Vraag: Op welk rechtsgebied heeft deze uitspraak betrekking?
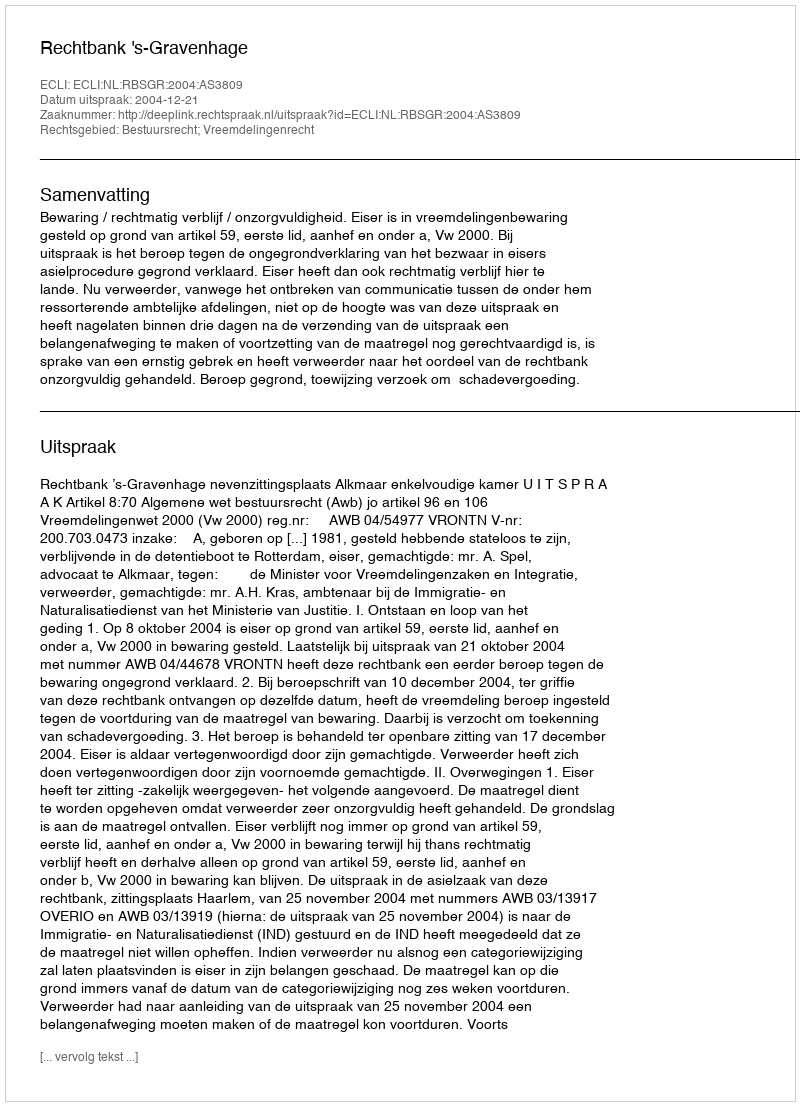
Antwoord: Bestuursrecht; Vreemdelingenrecht